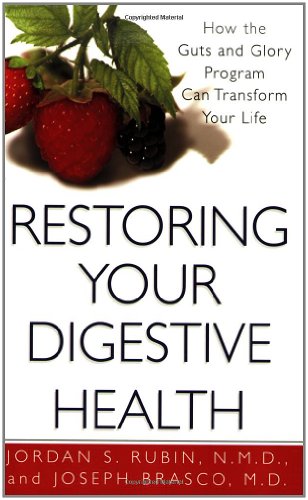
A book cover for Restoring Your Digestive Health:: How The Guts And Glory Program Can Transform Your Life; Jordan S. Rubin; Health, Fitness & Dieting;